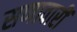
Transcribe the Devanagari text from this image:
सणावारीं